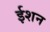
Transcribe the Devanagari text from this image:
ईशन